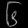
Digit: ၆